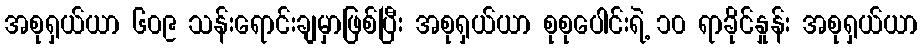
အစုရှယ်ယာ ၆၀၉ သန်းရောင်းချမှာဖြစ်ပြီး အစုရှယ်ယာ စုစုပေါင်းရဲ့ ၁၀ ရာခိုင်နှုန်း အစုရှယ်ယာ